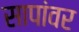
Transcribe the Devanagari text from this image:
सापांवर